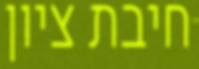
חיבת ציון